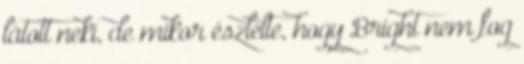
látott neki, de mikor észlelte, hogy Bright nem fog